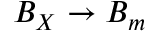
B _ { X } \to B _ { m }